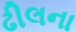
ઢીલના